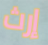
إرث